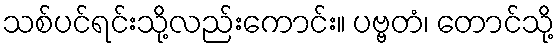
သစ်ပင်ရင်းသို့လည်းကောင်း။ ပဗ္ဗတံ၊ တောင်သို့